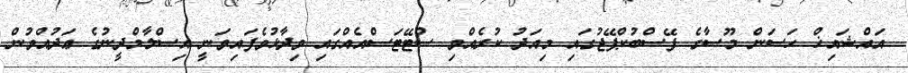
އައްޝައިޚް ޙަސަން މޫސާގެ ފޭސްބުކްޕޭޖުގައި މިއަދު ކުރެއްވި ސްޓޭޓަސްއެއްގައި ވިދާޅުވެފައިވަނީ އިސްލާމްދީނުގެ ޢަދުއްވުން